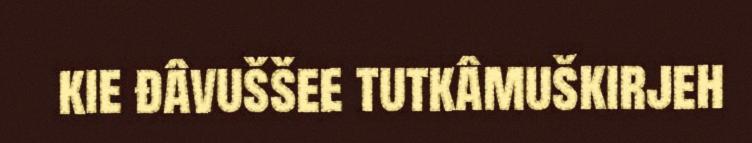
kie đâvuššee tutkâmuškirjeh